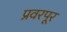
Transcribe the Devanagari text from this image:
प्रवरपूर